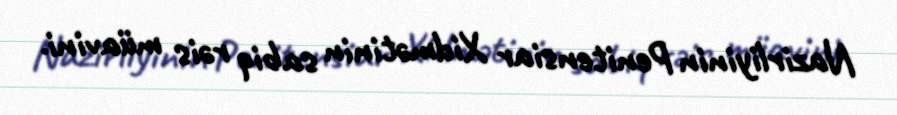
Nazirliyinin Penitensiar Xidmətinin sabiq rəis müavini.